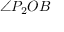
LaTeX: \angle P _ { 2 } O B